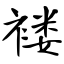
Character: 褛